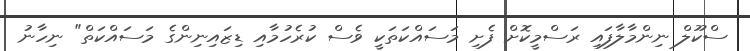
ސްކޫލް ނިންމާލާފައި ރަސްމީކޮށް ފެށި މަސައްކަތަކީ ވެސް ކުރެހުމާއި ޑިޒައިނިންގެ މަސައްކަތް" ނިހާނު